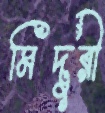
মিদুরী